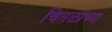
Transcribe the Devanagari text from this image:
चितळांच्या